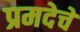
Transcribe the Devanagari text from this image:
प्रमदेचे